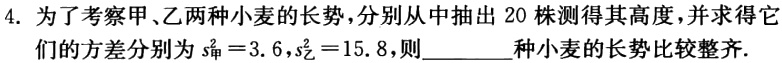
4. 为了考察甲、乙两种小麦的长势，分别从中抽出20株测得其高度，并求得它们的方差分别为\(s_{甲}^{2}=3.6\)，\(s_{乙}^{2}=15.8\)，则________种小麦的长势比较整齐.